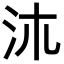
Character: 㳈